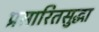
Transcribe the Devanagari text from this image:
प्रसारितसुद्धा